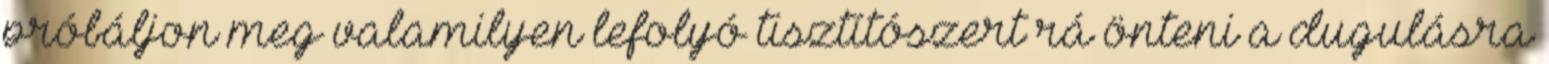
próbáljon meg valamilyen lefolyó tisztítószert rá önteni a dugulásra